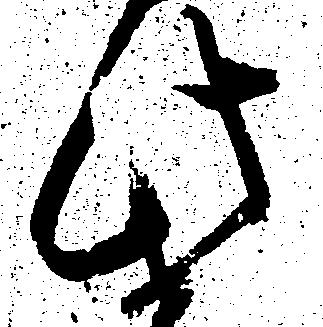
此